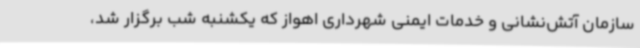
سازمان آتش‌نشانی و خدمات ایمنی شهرداری اهواز که یکشنبه شب برگزار شد،